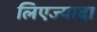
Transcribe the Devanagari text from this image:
लिएज्यादा